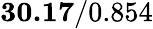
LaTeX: \mathbf{30.17}/0.854